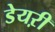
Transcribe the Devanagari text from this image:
डेयऱी